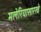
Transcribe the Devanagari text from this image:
मलेरियासारखे